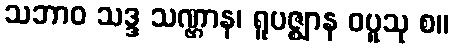
သဘာဝ သဒ္ဒ သဏ္ဌာန၊ ရူပဇ္ဈာန ဝပူသု စ။